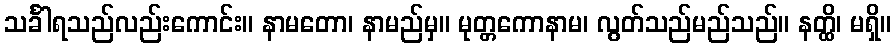
သင်္ခါရသည်လည်းကောင်း။ နာမတော၊ နာမည်မှ။ မုတ္တကောနာမ၊ လွတ်သည်မည်သည်။ နတ္ထိ၊ မရှိ။